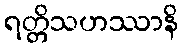
ရတ္တိသဟဿာနိ